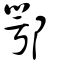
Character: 鄂